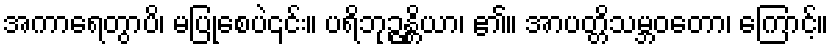
အကာရေတွာပိ၊ မပြုစေပဲ၎င်း။ ပရိဘုဉ္ဇန္တိယာ၊ ၏။ အာပတ္တိသမ္ဘဝတော၊ ကြောင့်။